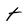
Character: t